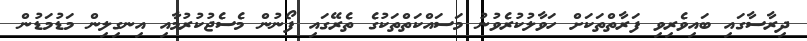
ދިރާސާގައި ބައިވެރިވި ފަރާތްތަކަށް ހަވާލުކުރެވުނު މަސައްކަތްތަކުގެ ތެރޭގައި ފޯނުން މެސެޖުކުރުމާއި އިނގިލިން މަޑުމަޑުން